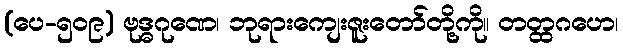
(ပေ-၅၀၉) ဗုဒ္ဓဂုဏေ၊ ဘုရားကျေးဇူးတော်တို့ကို။ တတ္ထဂဟေ၊